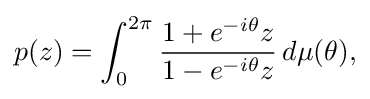
\displaystyle {p(z)=\int _{0}^{2\pi }{1+e^{-i\theta }z \over 1-e^{-i\theta }z}\,d\mu (\theta ),}